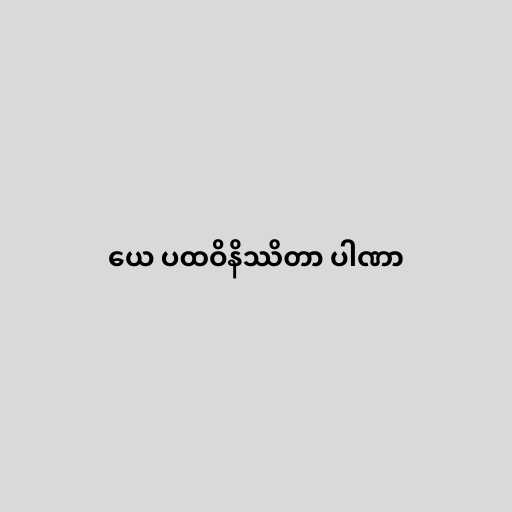
ယေ ပထဝိနိဿိတာ ပါဏာ